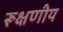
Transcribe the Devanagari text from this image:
रूक्षणीय